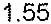
1.55